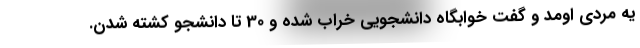
يه مردي اومد و گفت خوابگاه دانشجويي خراب شده و 30 تا دانشجو كشته شدن.